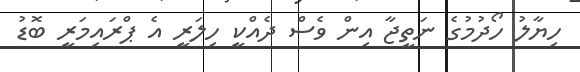
ހިޔާލު ހޯދުމުގެ ނަތީޖާ އިން ވެސް ދެއްކީ ހިލަރީ އެ ޕްރައިމަރީ ބޮޑު